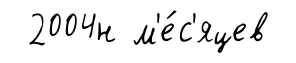
2004н м'е́с'яцев